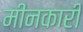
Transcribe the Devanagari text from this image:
मीनकारी